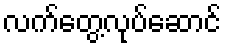
လက်တွေ့လုပ်ဆောင်